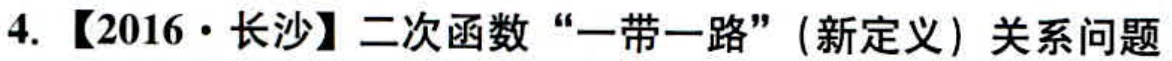
4. 【2016·长沙】二次函数“一带一路”(新定义) 关系问题